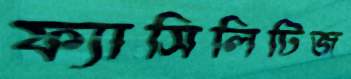
ফ্যাসিলিটিজ